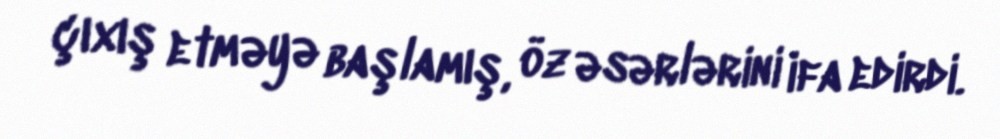
çıxış etməyə başlamış, öz əsərlərini ifa edirdi.